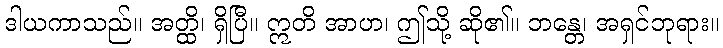
ဒါယကာသည်။ အတ္ထိ၊ ရှိပြီ။ ဣတိ အာဟ၊ ဤသို့ ဆို၏။ ဘန္တေ၊ အရှင်ဘုရား။